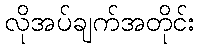
လိုအပ်ချက်အတိုင်း